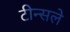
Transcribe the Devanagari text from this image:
टीन्सले